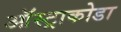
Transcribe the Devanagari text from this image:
ऑस्ट्राकोडा